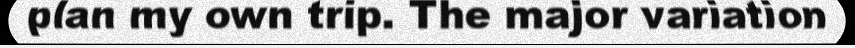
plan my own trip. The major variation